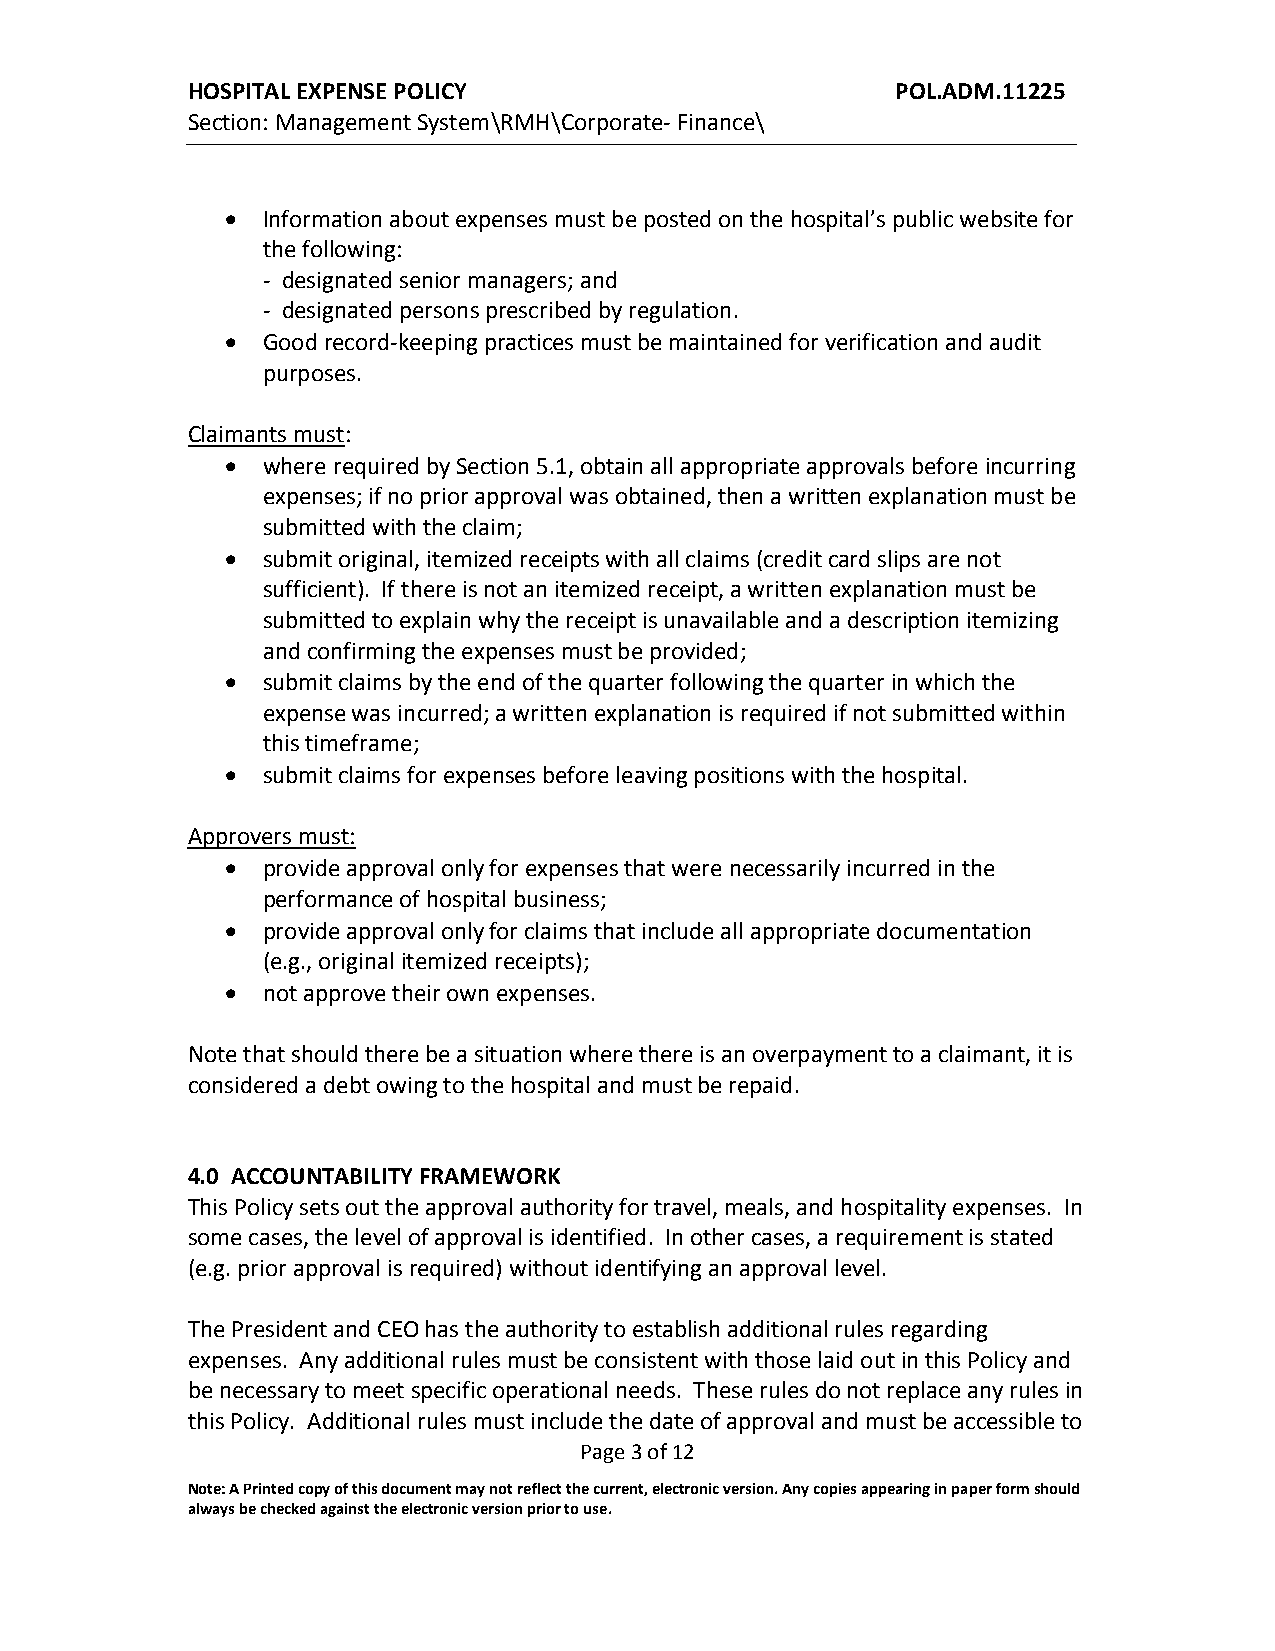
HOSPITAL EXPENSE POLICY                        POL.ADM.11225
 Section: Management System\RMH\Corporate- Finance\
  Information about expenses must be posted on the hospital’s public website for
 the following:
 - designated senior managers; and
 - designated persons prescribed by regulation.
  Good record-keeping practices must be maintained for verification and audit
 purposes.
 Claimants must:
  where required by Section 5.1, obtain all appropriate approvals before incurring
 expenses; if no prior approval was obtained, then a written explanation must be
 submitted with the claim;
  submit original, itemized receipts with all claims (credit card slips are not
 sufficient). If there is not an itemized receipt, a written explanation must be
 submitted to explain why the receipt is unavailable and a description itemizing
 and confirming the expenses must be provided;
  submit claims by the end of the quarter following the quarter in which the
 expense was incurred; a written explanation is required if not submitted within
 this timeframe;
  submit claims for expenses before leaving positions with the hospital.
 Approvers must:
  provide approval only for expenses that were necessarily incurred in the
 performance of hospital business;
  provide approval only for claims that include all appropriate documentation
 (e.g., original itemized receipts);
  not approve their own expenses.
 Note that should there be a situation where there is an overpayment to a claimant, it is
 considered a debt owing to the hospital and must be repaid.
 4.0 ACCOUNTABILITY FRAMEWORK
 This Policy sets out the approval authority for travel, meals, and hospitality expenses. In
 some cases, the level of approval is identified. In other cases, a requirement is stated
 (e.g. prior approval is required) without identifying an approval level.
 The President and CEO has the authority to establish additional rules regarding
 expenses. Any additional rules must be consistent with those laid out in this Policy and
 be necessary to meet specific operational needs. These rules do not replace any rules in
 this Policy. Additional rules must include the date of approval and must be accessible to
 Page 3 of 12
 Note: A Printed copy of this document may not reflect the current, electronic version. Any copies appearing in paper form should
 always be checked against the electronic version prior to use.